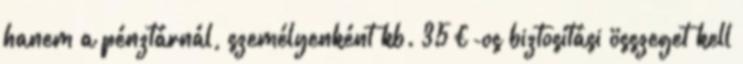
hanem a pénztárnál, személyenként kb. 35€-os biztosítási összeget kell